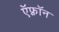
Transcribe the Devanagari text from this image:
ऍफ़्रॉन